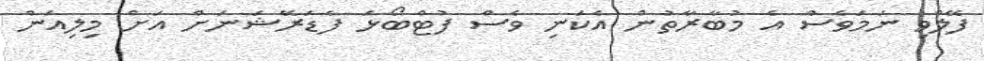
ފޭލްވި ނަމަވެސް އެ މުބާރާތުން އެކަނި ވެސް ފުޓްބޯޅަ ފެޑަރޭޝަނަށް އަށް މިލިއަން